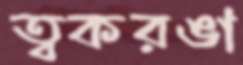
ত্বকরঙা